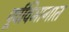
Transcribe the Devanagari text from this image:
पूर्वविभागात